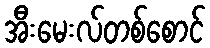
အီးမေးလ်တစ်စောင်